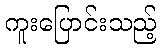
ကူးပြောင်းသည့်